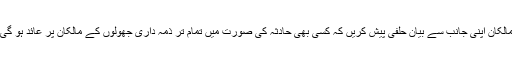
مالکان اپنی جانب سے بیان حلفی پیش کریں کہ کسی بھی حادثہ کی صورت میں تمام تر ذمہ داری جھولوں کے مالکان پر عائد ہو گی۔